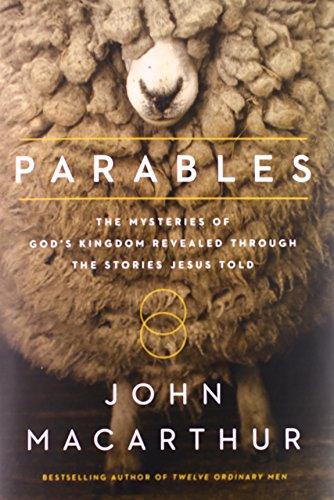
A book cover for Parables: The Mysteries of God's Kingdom Revealed Through the Stories Jesus Told; John F. MacArthur; Christian Books & Bibles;